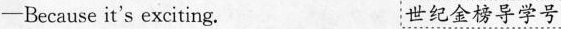
-Because it's exciting. 世纪金榜导学号